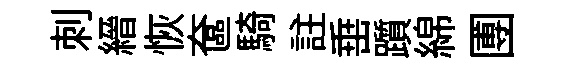
刺縉恢奩騎註𡸁躓綿圑